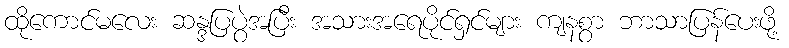
ထိုကောင်မလေး ဆန္ဒပြပွဲအပြီး အသားအရေပိုင်ရှင်များ ကျနစွာ ဘာသာပြန်ပေးဖို့